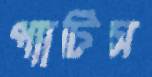
প্যাটিস